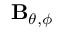
\mathbf { B } _ { \theta , \phi }